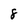
Character: 8